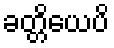
ခတ္တိယေပိ